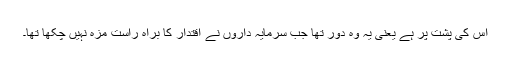
اس کی پشت پر ہے یعنی یہ وہ دور تھا جب سرمایہ داروں نے اقتدار کا براہ راست مزہ نہیں چکھا تھا۔